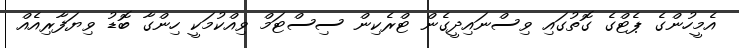
އެމީހުންގެ ޕެޓްގެ ގޮތުގައި ވިސްނައިދީގެން ޓްރެކިން ސިސްޓަމް ވިއްކުމަކީ ހިންގާ ބޮޑު ވިޔަފާރިއެއް